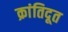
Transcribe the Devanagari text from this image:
क्रांतिदूत